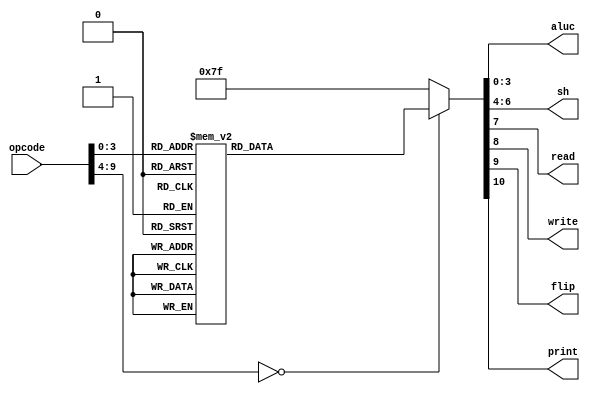
module mir_format_1(
	opcode,	// Instruction opcode
	aluc,		// ALU control signal
	sh,		// Shifter control signal
	read,		// Memory read control signal
	write,	// Memory write control signal
	flip,		// VGA flip control signal
	print		// VGA print control signal
);

	/*************************/
	/* Declaring input ports */
	/*************************/	
	input wire [9:0] opcode;

	/**************************/
	/* Declaring output ports */
	/**************************/
	output reg [3:0] aluc;
	output reg [2:0] sh;
	output reg read;
	output reg write;
	output reg flip;
	output reg print;
	
	/**************/
	/* Out driver */
	/**************/
	always @ (opcode) begin
		case(opcode)
		
			10'b0000000000: begin	// NOP
				aluc = 4'b1111;
				sh = 3'b111;
				read = 1'b0;
				write = 1'b0;
				flip = 1'b0;
				print = 1'b0;
			end

			10'b0000001101: begin	// AND Ri,Rj,Rk
				aluc = 4'b0111;
				sh = 3'b000;
				read = 1'b0;
				write = 1'b0;
				flip = 1'b0;
				print = 1'b0;
			end
			
			10'b0000000001: begin	// OR Ri,Rj,Rk
				aluc = 4'b0110;
				sh = 3'b000;
				read = 1'b0;
				write = 1'b0;
				flip = 1'b0;
				print = 1'b0;
			end
			
			10'b0000000010: begin	// ADC Ri,Rj,Rk
				aluc = 4'b0101;
				sh = 3'b000;
				read = 1'b0;
				write = 1'b0;
				flip = 1'b0;
				print = 1'b0;
			end
			
			10'b0000000011: begin	// ADD Ri,Rj,Rk
				aluc = 4'b0100;
				sh = 3'b000;
				read = 1'b0;
				write = 1'b0;
				flip = 1'b0;
				print = 1'b0;
			end
			
			10'b0000000100: begin	// MOV Ri,Rj
				aluc = 4'b0001;
				sh = 3'b000;
				read = 1'b0;
				write = 1'b0;
				flip = 1'b0;
				print = 1'b0;
			end
			
			10'b0000000101: begin	// CPL Ri,Rj
				aluc = 4'b0011;
				sh = 3'b000;
				read = 1'b0;
				write = 1'b0;
				flip = 1'b0;
				print = 1'b0;
			end
			
			10'b0000000110: begin	// STR Ri,Rj
				aluc = 4'b1111;
				sh = 3'b111;
				read = 1'b0;
				write = 1'b1;
				flip = 1'b0;
				print = 1'b0;
			end
			
			10'b0000000111: begin	// LDR Ri,Rj
				aluc = 4'b1111;
				sh = 3'b111;
				read = 1'b1;
				write = 1'b0;
				flip = 1'b0;
				print = 1'b0;
			end
			
			10'b0000001000: begin	// CLR CY
				aluc = 4'b1011;
				sh = 3'b111;
				read = 1'b0;
				write = 1'b0;
				flip = 1'b0;
				print = 1'b0;
			end
			
			10'b0000001001: begin	// SET CT
				aluc = 4'b1100;
				sh = 3'b111;
				read = 1'b0;
				write = 1'b0;
				flip = 1'b0;
				print = 1'b0;
			end
			
			10'b0000001010: begin	// RET
				aluc = 4'b1111;
				sh = 3'b111;
				read = 1'b0;
				write = 1'b0;
				flip = 1'b0;
				print = 1'b0;
			end
			
			10'b0000001011: begin	// VGP Ri,Rj
				aluc = 4'b1111;
				sh = 3'b111;
				read = 1'b0;
				write = 1'b0;
				flip = 1'b0;
				print = 1'b1;
			end
			
			10'b0000001100: begin	// VGF
				aluc = 4'b1111;
				sh = 3'b111;
				read = 1'b0;
				write = 1'b0;
				flip = 1'b1;
				print = 1'b0;
			end
			
			default: begin
				aluc = 4'b1111;
				sh = 3'b111;
				read = 1'b0;
				write = 1'b0;
				flip = 1'b0;
				print = 1'b0;
			end
			
		endcase
	end

endmodule